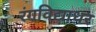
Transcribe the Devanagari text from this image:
रंगविद्याधर